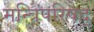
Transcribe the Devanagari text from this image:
मन्त्रिपरिषद्‍